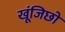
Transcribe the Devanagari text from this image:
खूंजिछो